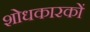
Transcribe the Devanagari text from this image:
शोधकारकों